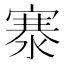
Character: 𬈡